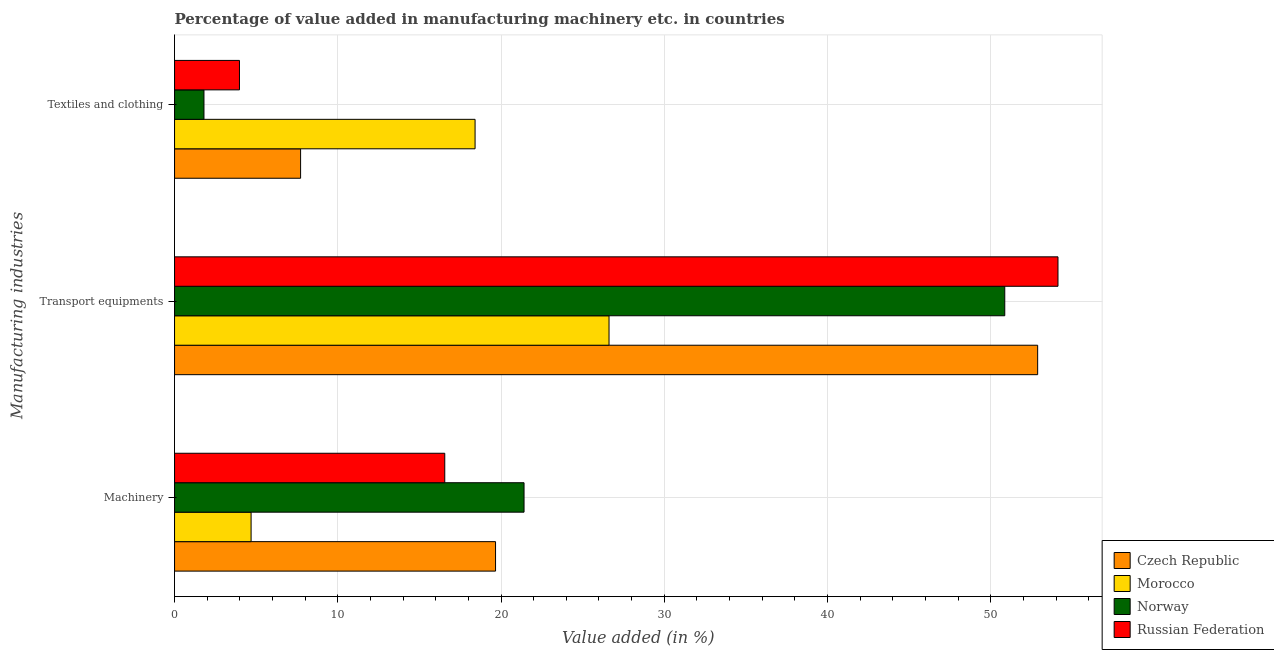
| Manufacturing industries | Czech Republic | Morocco | Norway | Russian Federation |
 | --- | --- | --- | --- | --- |
 | Machinery | 19.7 | 4.69 | 21.4 | 16.6 |
 | Transport equipments | 52.9 | 26.6 | 50.9 | 54.1 |
 | Textiles and clothing | 7.72 | 18.4 | 1.8 | 3.98 |